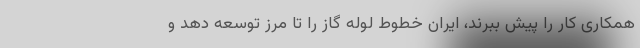
همکاری کار را پیش ببرند، ایران خطوط لوله گاز را تا مرز توسعه دهد و